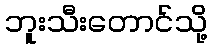
ဘူးသီးတောင်သို့